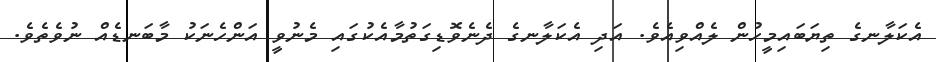
އެކަލާނގެ ތިޔަބައިމީހުން ލެއްވިއެވެ. އަދި އެކަލާނގެ ދެނެވޮޑިގަތުމާއެކުގައި މެނުވީ އަންހެނަކު މާބަނޑެއް ނުވެތެވެ.